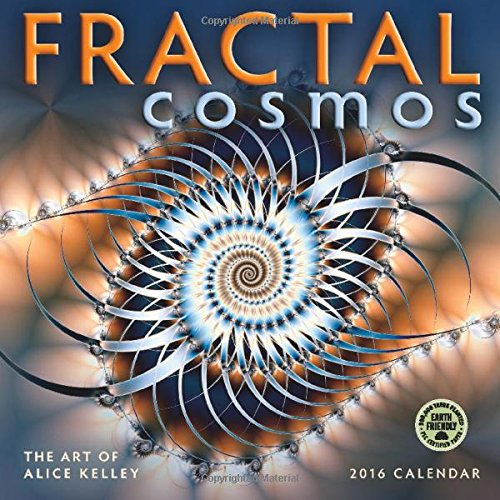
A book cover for Fractal Cosmos 2016 Wall Calendar; Alice Kelley; Calendars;